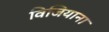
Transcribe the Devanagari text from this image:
विजियाना